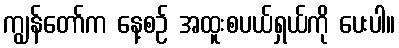
ကျွန်တော်က နေ့စဉ် အထူးစပယ်ရှယ်ကို ပေးပါ။